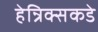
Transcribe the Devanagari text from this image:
हेन्रिक्सकडे